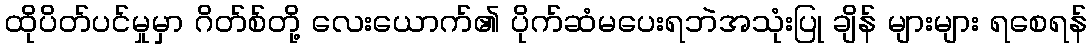
ထိုပိတ်ပင်မှုမှာ ဂိတ်စ်တို့ လေးယောက်၏ ပိုက်ဆံမပေးရဘဲအသုံးပြု ချိန် များများ ရစေရန်